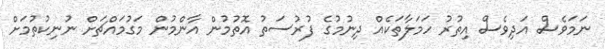
ނަމަވެސް އަދިވެސް އިތުރު ހަމަލާތަކެއް ދިނުމުގެ ފުރުސަތު އޮތުމުން އާންމުން މަގުމައްޗަށް ނުނިކުތުމަށް